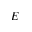
E